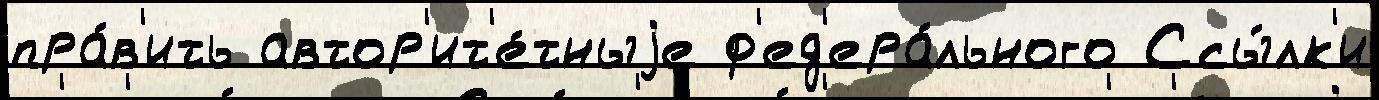
пра́в'ить автор'ит'е́тныjе ф'ед'ера́льного Ссы́лк'и